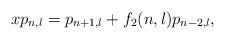
LaTeX: \begin{align*}xp_{n,l}=p_{n+1,l}+f_{2}(n,l)p_{n-2,l},\end{align*}